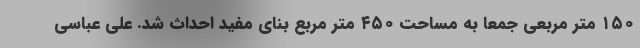
۱۵۰ متر مربعی جمعا به مساحت ۴۵۰ متر مربع بنای مفید احداث شد. علی عباسی